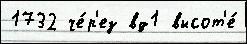
1732 че́р'ез вд1 высот'е́